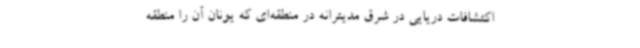
اکتشافات دریایی در شرق مدیترانه در منطقه‌ای که یونان آن را منطقه